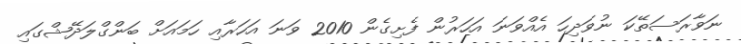
ނަވާރަސަތޭކަ ނުވަދިހަ އެއްވަނަ އަހަރުން ފެށިގެން 2010 ވަނަ އަހަރާއި ހަމައަށް ބަންގްލަދޭޝްގައި